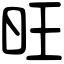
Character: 旺